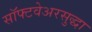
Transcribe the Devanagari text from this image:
सॉफ्टवेअरसुद्धा